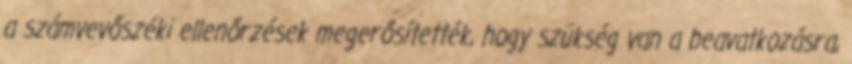
a számvevőszéki ellenőrzések megerősítették, hogy szükség van a beavatkozásra,